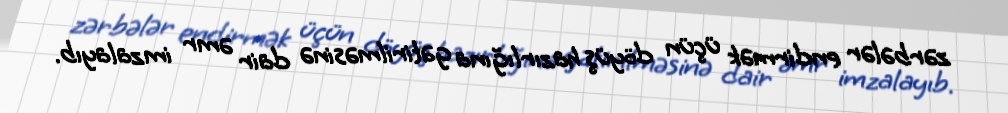
zərbələr endirmək üçün döyüş hazırlığına gətirilməsinə dair əmr imzalayıb.